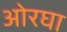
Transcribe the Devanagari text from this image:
ओरघा